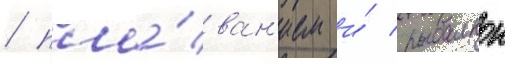
/ пла́ван'ием и́ рыбалкои